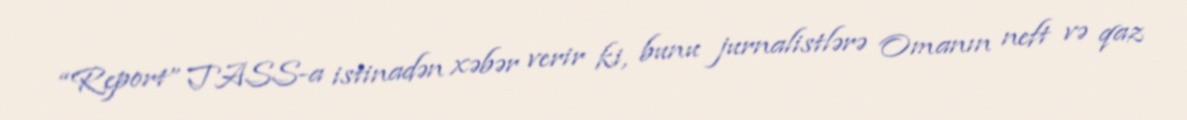
“Report” TASS-a istinadən xəbər verir ki, bunu jurnalistlərə Omanın neft və qaz